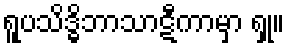
ရူပသိဒ္ဓိဘာသာဋီကာမှာ ရှု။